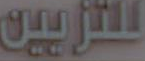
للتزيين